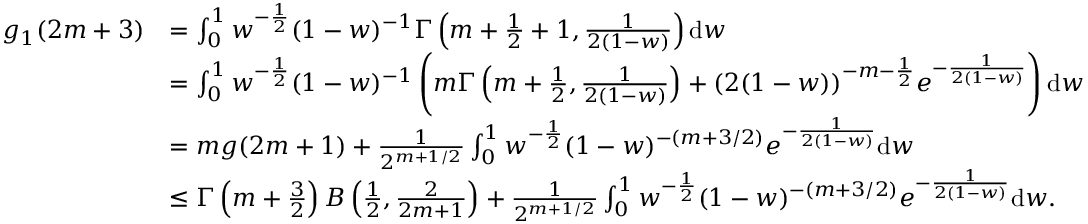
\begin{array} { r l } { g _ { 1 } ( 2 m + 3 ) } & { = \int _ { 0 } ^ { 1 } w ^ { - \frac { 1 } { 2 } } ( 1 - w ) ^ { - 1 } \Gamma \left( m + \frac { 1 } { 2 } + 1 , \frac { 1 } { 2 ( 1 - w ) } \right) \mathrm { d } w } \\ & { = \int _ { 0 } ^ { 1 } w ^ { - \frac { 1 } { 2 } } ( 1 - w ) ^ { - 1 } \left( m \Gamma \left( m + \frac { 1 } { 2 } , \frac { 1 } { 2 ( 1 - w ) } \right) + ( 2 ( 1 - w ) ) ^ { - m - \frac { 1 } { 2 } } e ^ { - \frac { 1 } { 2 ( 1 - w ) } } \right) \mathrm { d } w } \\ & { = m g ( 2 m + 1 ) + \frac { 1 } { 2 ^ { m + 1 / 2 } } \int _ { 0 } ^ { 1 } w ^ { - \frac { 1 } { 2 } } ( 1 - w ) ^ { - ( m + 3 / 2 ) } e ^ { - \frac { 1 } { 2 ( 1 - w ) } } \mathrm { d } w } \\ & { \leq \Gamma \left( m + \frac { 3 } { 2 } \right) B \left( \frac { 1 } { 2 } , \frac { 2 } { 2 m + 1 } \right) + \frac { 1 } { 2 ^ { m + 1 / 2 } } \int _ { 0 } ^ { 1 } w ^ { - \frac { 1 } { 2 } } ( 1 - w ) ^ { - ( m + 3 / 2 ) } e ^ { - \frac { 1 } { 2 ( 1 - w ) } } \mathrm { d } w . } \end{array}